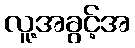
လူ့အခွင့်အ